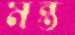
মন্ত